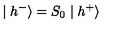
\mid h ^ { - } \rangle = S _ { 0 } \mid h ^ { + } \rangle